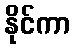
နိုင်ကာ